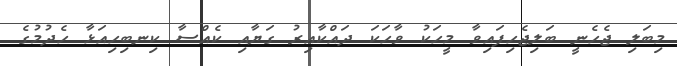
މިބަލި ޖެހެނީ ބަލިޖެހިފައިވާ މީހަކު ވާހަކަ ދައްކާއިރު ގަޔާއި ކެއްސާ ކިނބިހިއަޅާ ހެދުމުގެ